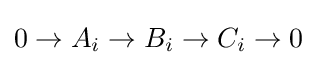
0\rightarrow A_{i}\rightarrow B_{i}\rightarrow C_{i}\rightarrow 0